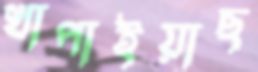
খাপাইয়াছ